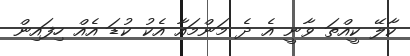
ކާލޭ ކީއްތަ ވާނީ އެ ދެ މަންމައާ އެކު ކުޑަ އެއް ހިފައިން